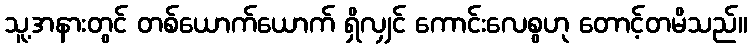
သူ့အနားတွင် တစ်ယောက်ယောက် ရှိလျှင် ကောင်းလေစွဟု တောင့်တမိသည်။